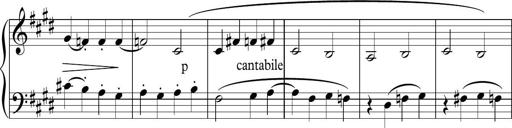
Title: Sonatina n.3
Composer: Tatiana Stankovych
Key: E major